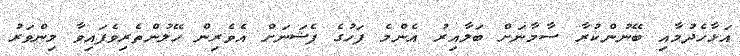
އަޅާހެދުމާއި ބޭނުންކުރާ ސާމާނަށް ބަލާއިރު އެންމެ ފަހުގެ ފެޝަނަށް އެވެރިން ހޭލުންތެރިވެފައިވާ މިންވަރު